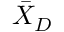
{ \bar { X } } _ { D }